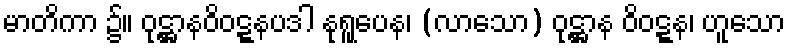
မာတိကာ ၌။ ဝုဋ္ဌာနဝိဝဋ္ဋနပဒါ နုရူပေန၊ (လာသော) ဝုဋ္ဌာန ဝိဝဋ္ဋန၊ ဟူသော